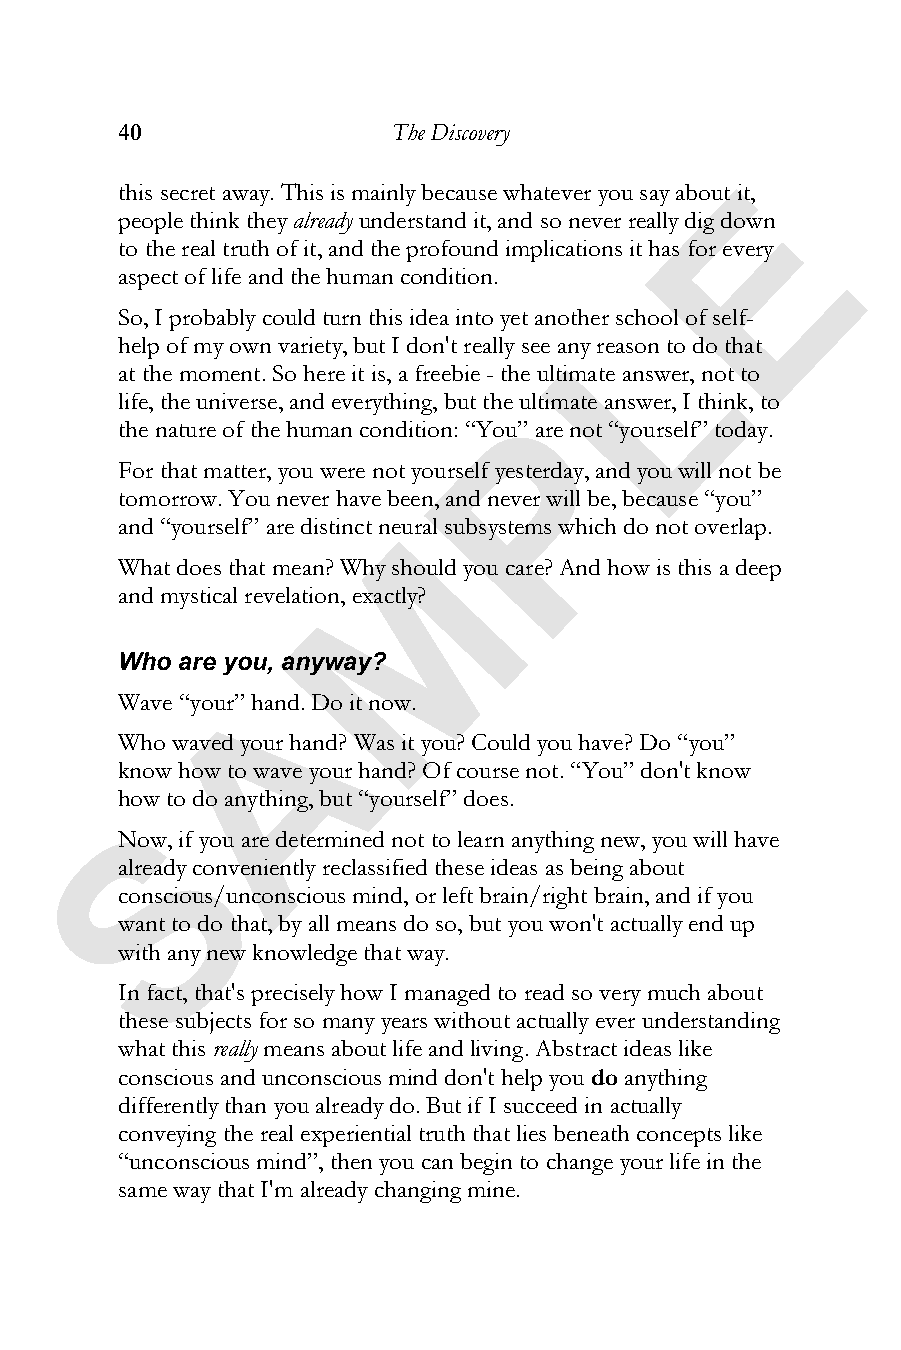
40                The Discovery
 E
 this secret away. This is mainly because whatever you say about it,
 people think theyalready understand it, and so never really dig down
 to the real truth of it, and the profound implications it has for every
 aspect of life and the human condition.
 L
 So, I probably could turn this idea into yet another school of self-
 help of my own variety, but I don't really see any reason to do that
 at the moment. So here it is, a freebie - the ultimate answer, not to
 life, the universe, and everything, but the Pultimate answer, I think, to
 the nature of the human condition: “You” are not “yourself” today.
 For that matter, you were not yourself yesterday, and you will not be
 tomorrow. You never have been, and never will be, because “you”
 and “yourself” are distinct neMural subsystems which do not overlap.
 What does that mean? Why should you care? And how is this a deep
 and mystical revelation, exactly?
 Who are you, anyway?
 A
 Wave “your” hand. Do it now.
 Who waved your hand? Was it you? Could you have? Do “you”
 know how to wave your hand? Of course not. “You” don't know
 how to do anything, but “yourself” does.
 S
 Now, if you are determined not to learn anything new, you will have
 already conveniently reclassified these ideas as being about
 conscious/unconscious mind, or left brain/right brain, and if you
 want to do that, by all means do so, but you won't actually end up
 with any new knowledge that way.
 In fact, that's precisely how I managed to read so very much about
 these subjects for so many years without actually ever understanding
 what this really means about life and living. Abstract ideas like
 conscious and unconscious mind don't help you do anything
 differently than you already do. But if I succeed in actually
 conveying the real experiential truth that lies beneath concepts like
 “unconscious mind”, then you can begin to change your life in the
 same way that I'm already changing mine.